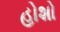
હોશો